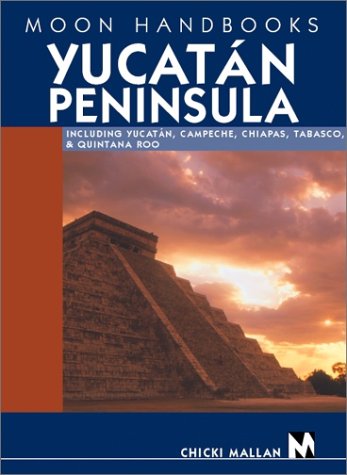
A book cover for Yucatan Peninsula: Including Yucatan, Campeche, Chiapas, Tabasco, and Quintana Roo (Moon Yucatan Peninsula); Chicki Mallan; Travel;